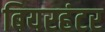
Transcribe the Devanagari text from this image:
बियरहंटर